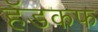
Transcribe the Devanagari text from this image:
हॅडकफ